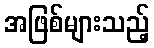
အဖြစ်များသည့်